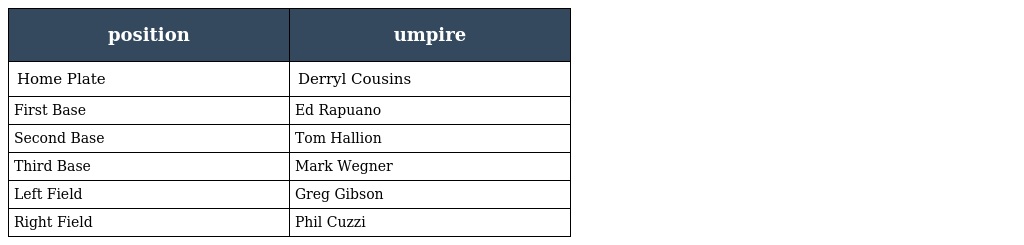
| position | umpire |
 | --- | --- |
 | Home Plate | Derryl Cousins |
 | First Base | Ed Rapuano |
 | Second Base | Tom Hallion |
 | Third Base | Mark Wegner |
 | Left Field | Greg Gibson |
 | Right Field | Phil Cuzzi |